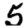
Digit: 5